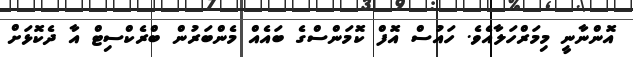
އޮންނާނީ މިމަރްހަލާއެވެ. ހައުސް އޮފް ކޮމަންސްގެ ބައެއް މެންބަރުން ބްރެކްސިޓް އާ ދެކޮޅަށް